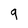
Character: 9